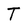
Character: T